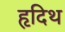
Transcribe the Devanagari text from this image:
हृदिथ